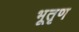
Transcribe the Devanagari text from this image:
भूतृण